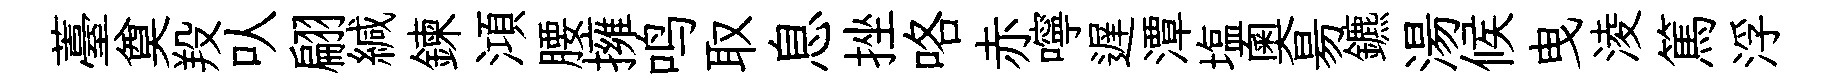
薹奠羖㕥翩緘鍊澒腰擁鸣取息挫咯赤嚀遅潭塩奧昜鑣湯候曳淩篤浮